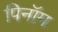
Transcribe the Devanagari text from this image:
पिनॉम